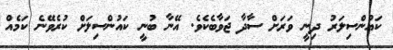
ކައުންސިލަރު ދިނީ ވަރަށް ސާދާ ޖަވާބެކެވެ. އޭނާ ބުނީ ކައުންސިލަށް ކުރެވޭނެ ކަމެއް